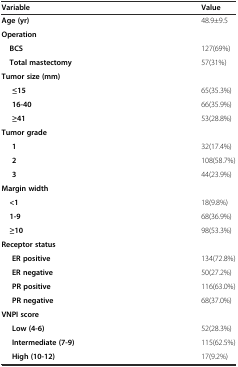
<table><thead><tr><td><b>Variable</b></td><td><b>Value</b></td></tr></thead><tbody><tr><td><b>Age (yr)</b></td><td>48.9±9.5</td></tr><tr><td><b>Operation</b></td><td></td></tr><tr><td> <b>BCS</b></td><td>127(69%)</td></tr><tr><td> <b>Total mastectomy</b></td><td>57(31%)</td></tr><tr><td><b>Tumor size (mm)</b></td><td></td></tr><tr><td><b>≤15</b></td><td>65(35.3%)</td></tr><tr><td><b>16-40</b></td><td>66(35.9%)</td></tr><tr><td><b>≥41</b></td><td>53(28.8%)</td></tr><tr><td><b>Tumor grade</b></td><td></td></tr><tr><td><b>1</b></td><td>32(17.4%)</td></tr><tr><td><b>2</b></td><td>108(58.7%)</td></tr><tr><td><b>3</b></td><td>44(23.9%)</td></tr><tr><td><b>Margin width</b></td><td></td></tr><tr><td> <b>&lt;1</b></td><td>18(9.8%)</td></tr><tr><td> <b>1-9</b></td><td>68(36.9%)</td></tr><tr><td> <b>≥10</b></td><td>98(53.3%)</td></tr><tr><td><b>Receptor status</b></td><td></td></tr><tr><td><b>ER positive</b></td><td>134(72.8%)</td></tr><tr><td><b>ER negative</b></td><td>50(27.2%)</td></tr><tr><td><b>PR positive</b></td><td>116(63.0%)</td></tr><tr><td><b>PR negative</b></td><td>68(37.0%)</td></tr><tr><td><b>VNPI score</b></td><td></td></tr><tr><td><b>Low (4-6)</b></td><td>52(28.3%)</td></tr><tr><td><b>Intermediate (7-9)</b></td><td>115(62.5%)</td></tr><tr><td><b>High (10-12)</b></td><td>17(9.2%)</td></tr></tbody></table>